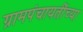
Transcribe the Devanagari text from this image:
ग्रामपंचायतींच्या